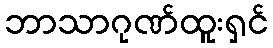
ဘာသာဂုဏ်ထူးရှင်